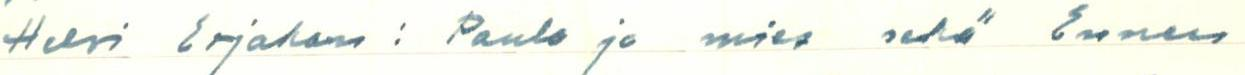
Helvi Erjakan: Paula ja  mies sekä Ennen